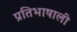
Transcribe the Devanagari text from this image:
प्रतिभाषाली